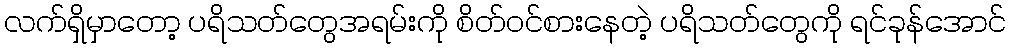
လက်ရှိမှာတော့ ပရိသတ်တွေအရမ်းကို စိတ်ဝင်စားနေတဲ့ ပရိသတ်တွေကို ရင်ခုန်အောင်